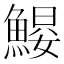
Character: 𱆶